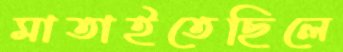
মাতাইতেছিলে